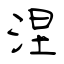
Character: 涅